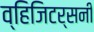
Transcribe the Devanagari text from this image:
व्हिजिटर्सनी